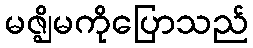
မဇ္ဈိမကိုပြောသည်